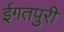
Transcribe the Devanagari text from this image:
ईगतपुरी